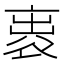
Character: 𧙦